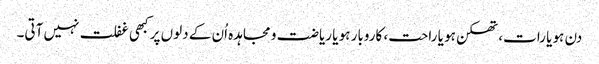
دن ہو یا رات، تھکن ہو یا راحت، کاروبار ہو یا ریاضت و مجاہدہ اُن کے دلوں پر کبھی غفلت نہیں آتی۔